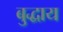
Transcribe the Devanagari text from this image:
बुद्धाय